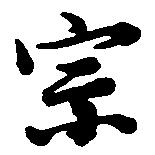
宗